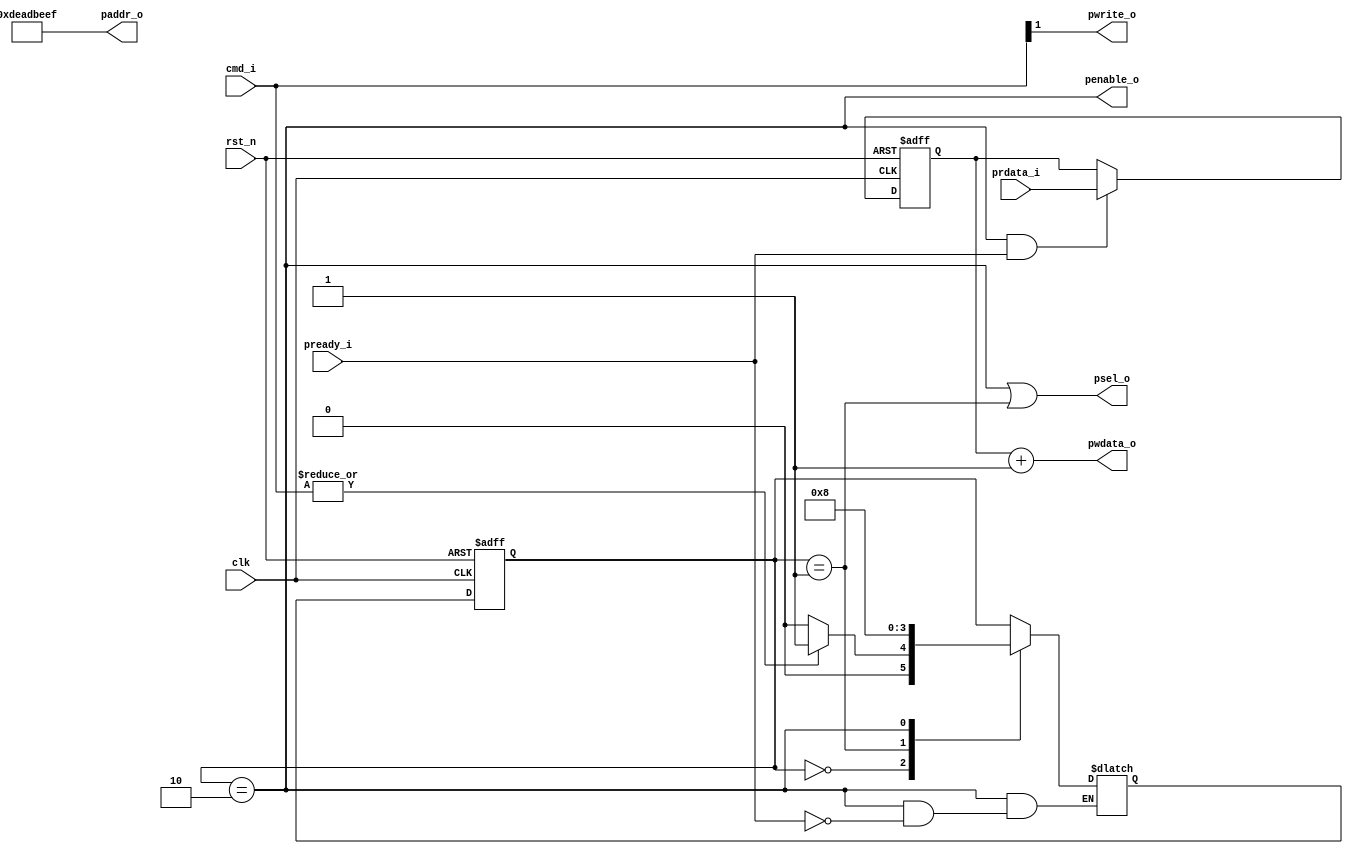
module apb_master
(
	input clk,
	input rst_n,
	input [1:0] cmd_i,

	output psel_o,
	output penable_o,
	output [31:0] paddr_o,
	output pwrite_o,
	output [31:0] pwdata_o,
	input  pready_i,
	input  [31:0] prdata_i
);

  localparam ST_IDLE   = 2'b00;
	localparam ST_SETUP  = 2'b01;
	localparam ST_ACCESS = 2'b10;

	reg [1:0] state;
	reg [1:0] nxt_state;
	reg [31:0] rdata;

	always @(posedge clk or negedge rst_n) begin
		if (!rst_n)
			state <= 1'b0;
		else
			state <= nxt_state;
	end

	always @* begin
		case (state)
			ST_IDLE  : if (|cmd_i) nxt_state = ST_SETUP; else nxt_state = ST_IDLE;
			ST_SETUP : nxt_state = ST_ACCESS;
		  ST_ACCESS: if (pready_i) nxt_state = ST_IDLE;
			default  : nxt_state = state; 
		endcase
	end

	assign psel_o   = (state == ST_ACCESS) | (state == ST_SETUP);
	assign pwrite_o = cmd_i[1];
	assign paddr_o  = 32'hDEADBEEF;
	assign pwdata_o = rdata + 1'b1;
	assign penable_o = (state == ST_ACCESS);

	always @(posedge clk or negedge rst_n) begin
		if (!rst_n)
			rdata <= 32'b0;
		else if (penable_o && pready_i)
			rdata <= prdata_i;
	end
endmodule